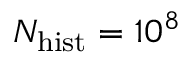
N _ { \mathrm { h i s t } } = 1 0 ^ { 8 }